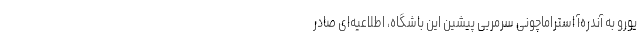
یورو به آندره‌آ استراماچونی سرمربی پیشین این باشگاه، اطلاعیه‌ای صادر